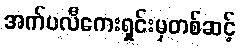
အက်ပလီကေးရှင်းမှတစ်ဆင့်